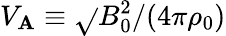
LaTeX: V_{\mathbf{A}}\equiv\sqrt{}{{B_{0}^{2}/(4\pi\rho_{0})}}